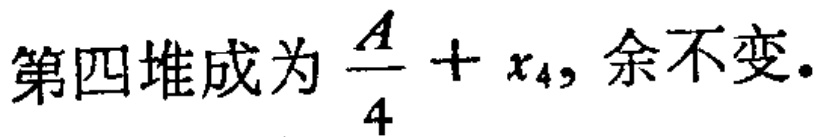
第四堆成为 $\frac{A}{4}+x_{4}$, 余不变.